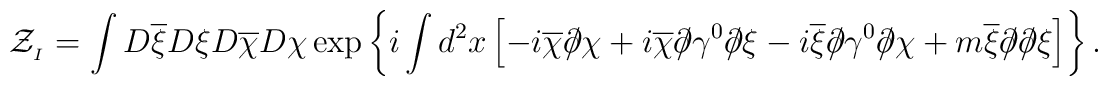
{\cal Z}_{_I} = \int D\overline{\xi} D\xi D\overline{\chi} D\chi \exp \left\{ i \int d ^2 x \left[ -i \overline{\chi} \partial\!\!\!/ \chi +  i \overline{\chi} \partial\!\!\!/ \gamma^0 \partial\!\!\!/ \xi - i \overline{\xi} \partial\!\!\!/ \gamma^0 \partial\!\!\!/ \chi +  m \overline{\xi} \partial\!\!\!/ \partial\!\!\!/ \xi \right] \right\}.